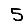
Digit: 5